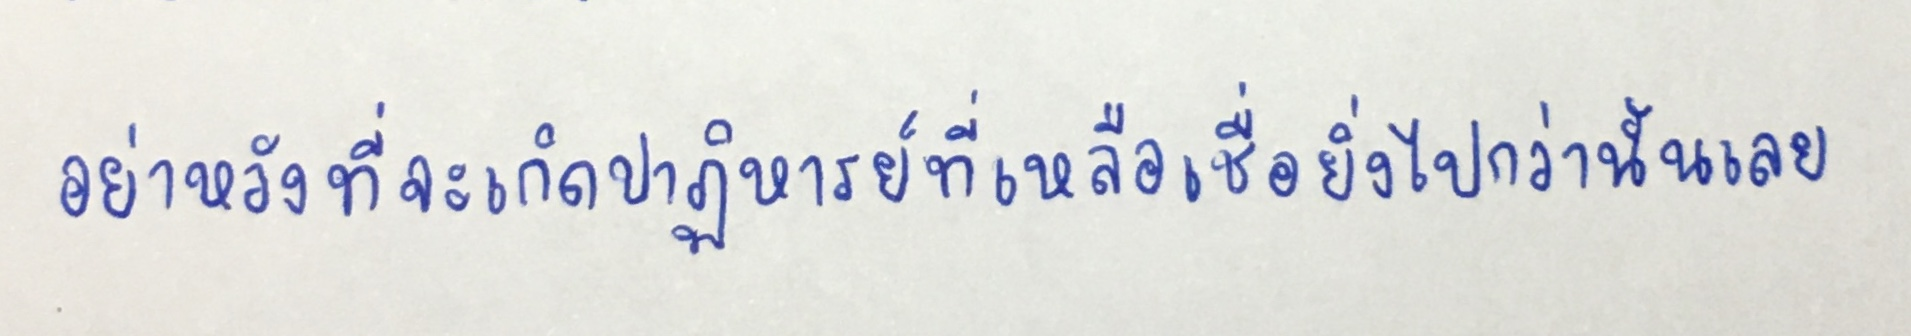
อย่าหวังที่จะเกิดปาฎิหารย์ที่เหลือเชื่อยิ่งไปกว่านั้นเลย"